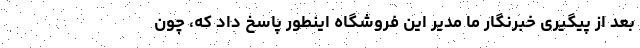
بعد از پیگیری خبرنگار ما مدیر این فروشگاه اینطور پاسخ داد که، چون